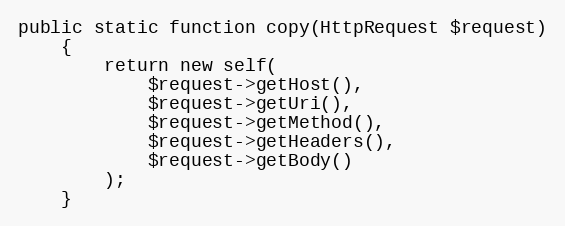
Language: PHP
public static function copy(HttpRequest $request)
    {
        return new self(
            $request->getHost(),
            $request->getUri(),
            $request->getMethod(),
            $request->getHeaders(),
            $request->getBody()
        );
    }